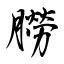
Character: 朥